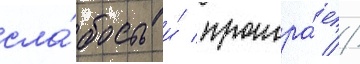
сла́бость и́ проигра́ет //